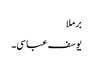
برملا
یوسف عباسی۔